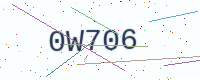
Text: 0W706